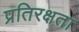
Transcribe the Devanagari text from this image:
प्रतिरक्षता